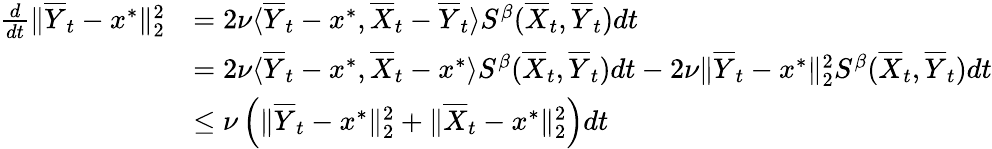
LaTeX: \begin{array}{rl}{\frac{d}{dt}\| \overline{Y}_{t}-x^{*}\| _{2}^{2}}&{=2\nu\langle\overline{Y}_{t}-x^{*},\overline{X}_{t}-\overline{Y}_{t}\rangle S^{\beta}(\overline{X}_{t},\overline{Y}_{t})dt}\\ &{=2\nu\langle\overline{Y}_{t}-x^{*},\overline{X}_{t}-x^{*}\rangle S^{\beta}(\overline{X}_{t},\overline{Y}_{t})dt-2\nu\| \overline{Y}_{t}-x^{*}\| _{2}^{2}S^{\beta}(\overline{X}_{t},\overline{Y}_{t})dt}\\ &{\leq\nu\left(\| \overline{Y}_{t}-x^{*}\| _{2}^{2}+\| \overline{X}_{t}-x^{*}\| _{2}^{2}\right)dt}\end{array}